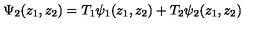
\Psi _ { 2 } ( z _ { 1 } , z _ { 2 } ) = T _ { 1 } \psi _ { 1 } ( z _ { 1 } , z _ { 2 } ) + T _ { 2 } \psi _ { 2 } ( z _ { 1 } , z _ { 2 } )